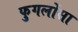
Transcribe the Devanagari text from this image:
फुगलोंसा